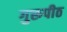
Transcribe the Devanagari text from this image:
गुरूपीठ